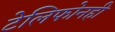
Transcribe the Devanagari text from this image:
टेलिफोनही